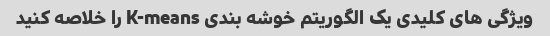
ویژگی های کلیدی یک الگوریتم خوشه بندی K-means را خلاصه کنید